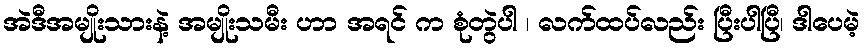
အဲဒီအမျိုးသားနဲ့ အမျိုးသမီး ဟာ အရင် က စုံတွဲပါ ၊ လက်ထပ်လည်း ပြီးပါပြီ၊ ဒါပေမဲ့